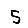
Digit: 5